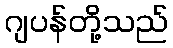
ဂျပန်တို့သည်